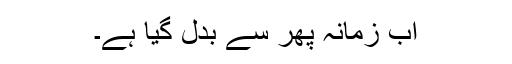
اب زمانہ پھر سے بدل گیا ہے۔